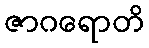
ဇာဂရောတိ